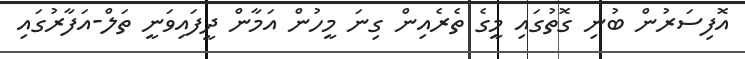
އޮފިސަރުން ބުނި ގޮތުގައި މީގެ ތެރެއިން ގިނަ މީހުން އަމާން ދީފައިވަނީ ތަލް-އަފާރުގައި